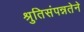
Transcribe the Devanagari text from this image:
श्रुतिसंपन्नतेने